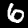
Label: 6